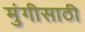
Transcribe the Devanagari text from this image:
मुंगीसाठी